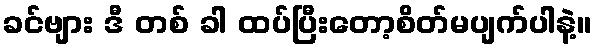
ခင်ဗျား ဒီ တစ် ခါ ထပ်ပြီးတော့စိတ်မပျက်ပါနဲ့။